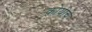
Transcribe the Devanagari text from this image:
कोयीचे